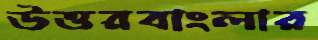
উত্তরবাংলার